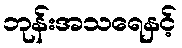
ဘုန်းအသရေနှင့်